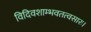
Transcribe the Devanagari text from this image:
विदिवशाम्भवतत्वसारः।